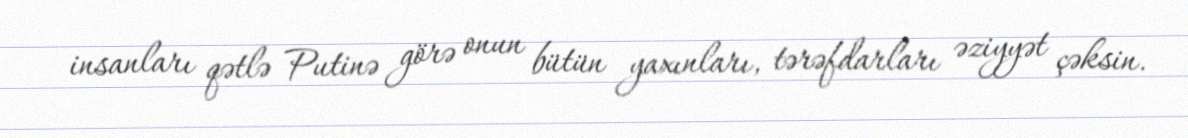
insanları qətlə Putinə görə onun bütün yaxınları, tərəfdarları əziyyət çəksin.